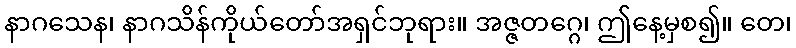
နာဂသေန၊ နာဂသိန်ကိုယ်တော်အရှင်ဘုရား။ အဇ္ဇတဂ္ဂေ၊ ဤနေ့မှစ၍။ တေ၊